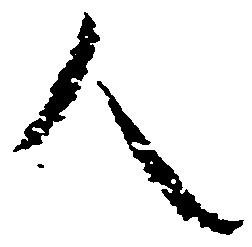
人